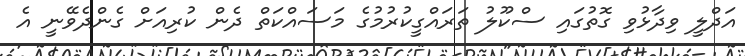
އަދްލީ ވިދާޅުވި ގޮތުގައި ސްކޫލު ތަރައްގީކުރުމުގެ މަސައްކަތް ދެން ކުރިއަށް ގެންދެވޭނީ އެ